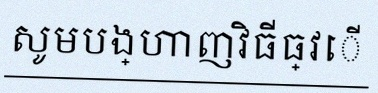
សូមបង្ហាញវិធីធ្វើ